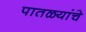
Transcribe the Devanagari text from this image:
पातळ्यांचे